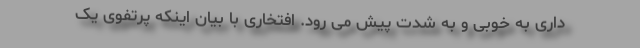
داری به خوبی و به شدت پیش می رود. افتخاری با بیان اینکه پرتفوی یک